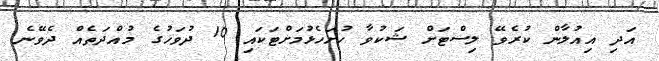
އަދި އިއުލާން ކުރެވޭ ލިސްޓަށް ޝަކުވާ ހުށަހެޅުމަށްޓަކައި 10 ދުވަހުގެ މުއްދަތެއް ދެވޭނެ